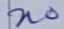
Text: n0